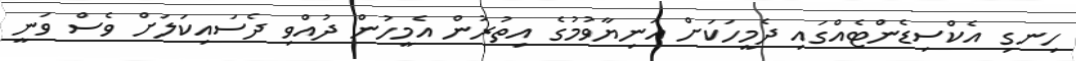
ހިނގި އެކްސިޑެންޓެއްގައި ދެމީހަކަށް އަނިޔާވުމުގެ އިތުރުން އެމީހުން ދުއްވި ދެސައިކަލަށް ވެސް ވަނީ